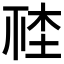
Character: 𣒮